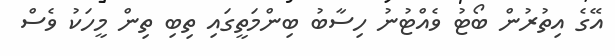
އޭގެ އިތުރުން ބޯޓު ވެއްޓުނު ހިސާބު ބިންމަތީގައި ތިބި ތިން މީހަކު ވެސް